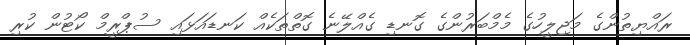
ރައްޔިތުންގެ މަޖިލީހުގެ މެމްބަރުންގެ ގޮނޑި ގެއްލޭނެ ގޮތްތަކެއް ކަނޑައަޅައި ސުޕްރީމް ކޯޓުން ކުރި